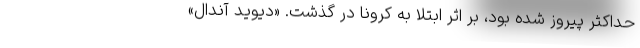
حداکثر پیروز شده بود، بر اثر ابتلا به کرونا در گذشت. «دیوید آندال»